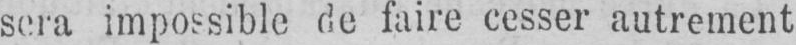
sera impossible de faire cesser autrement